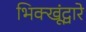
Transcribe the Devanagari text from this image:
भिक्खूंद्वारे